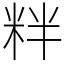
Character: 䉽